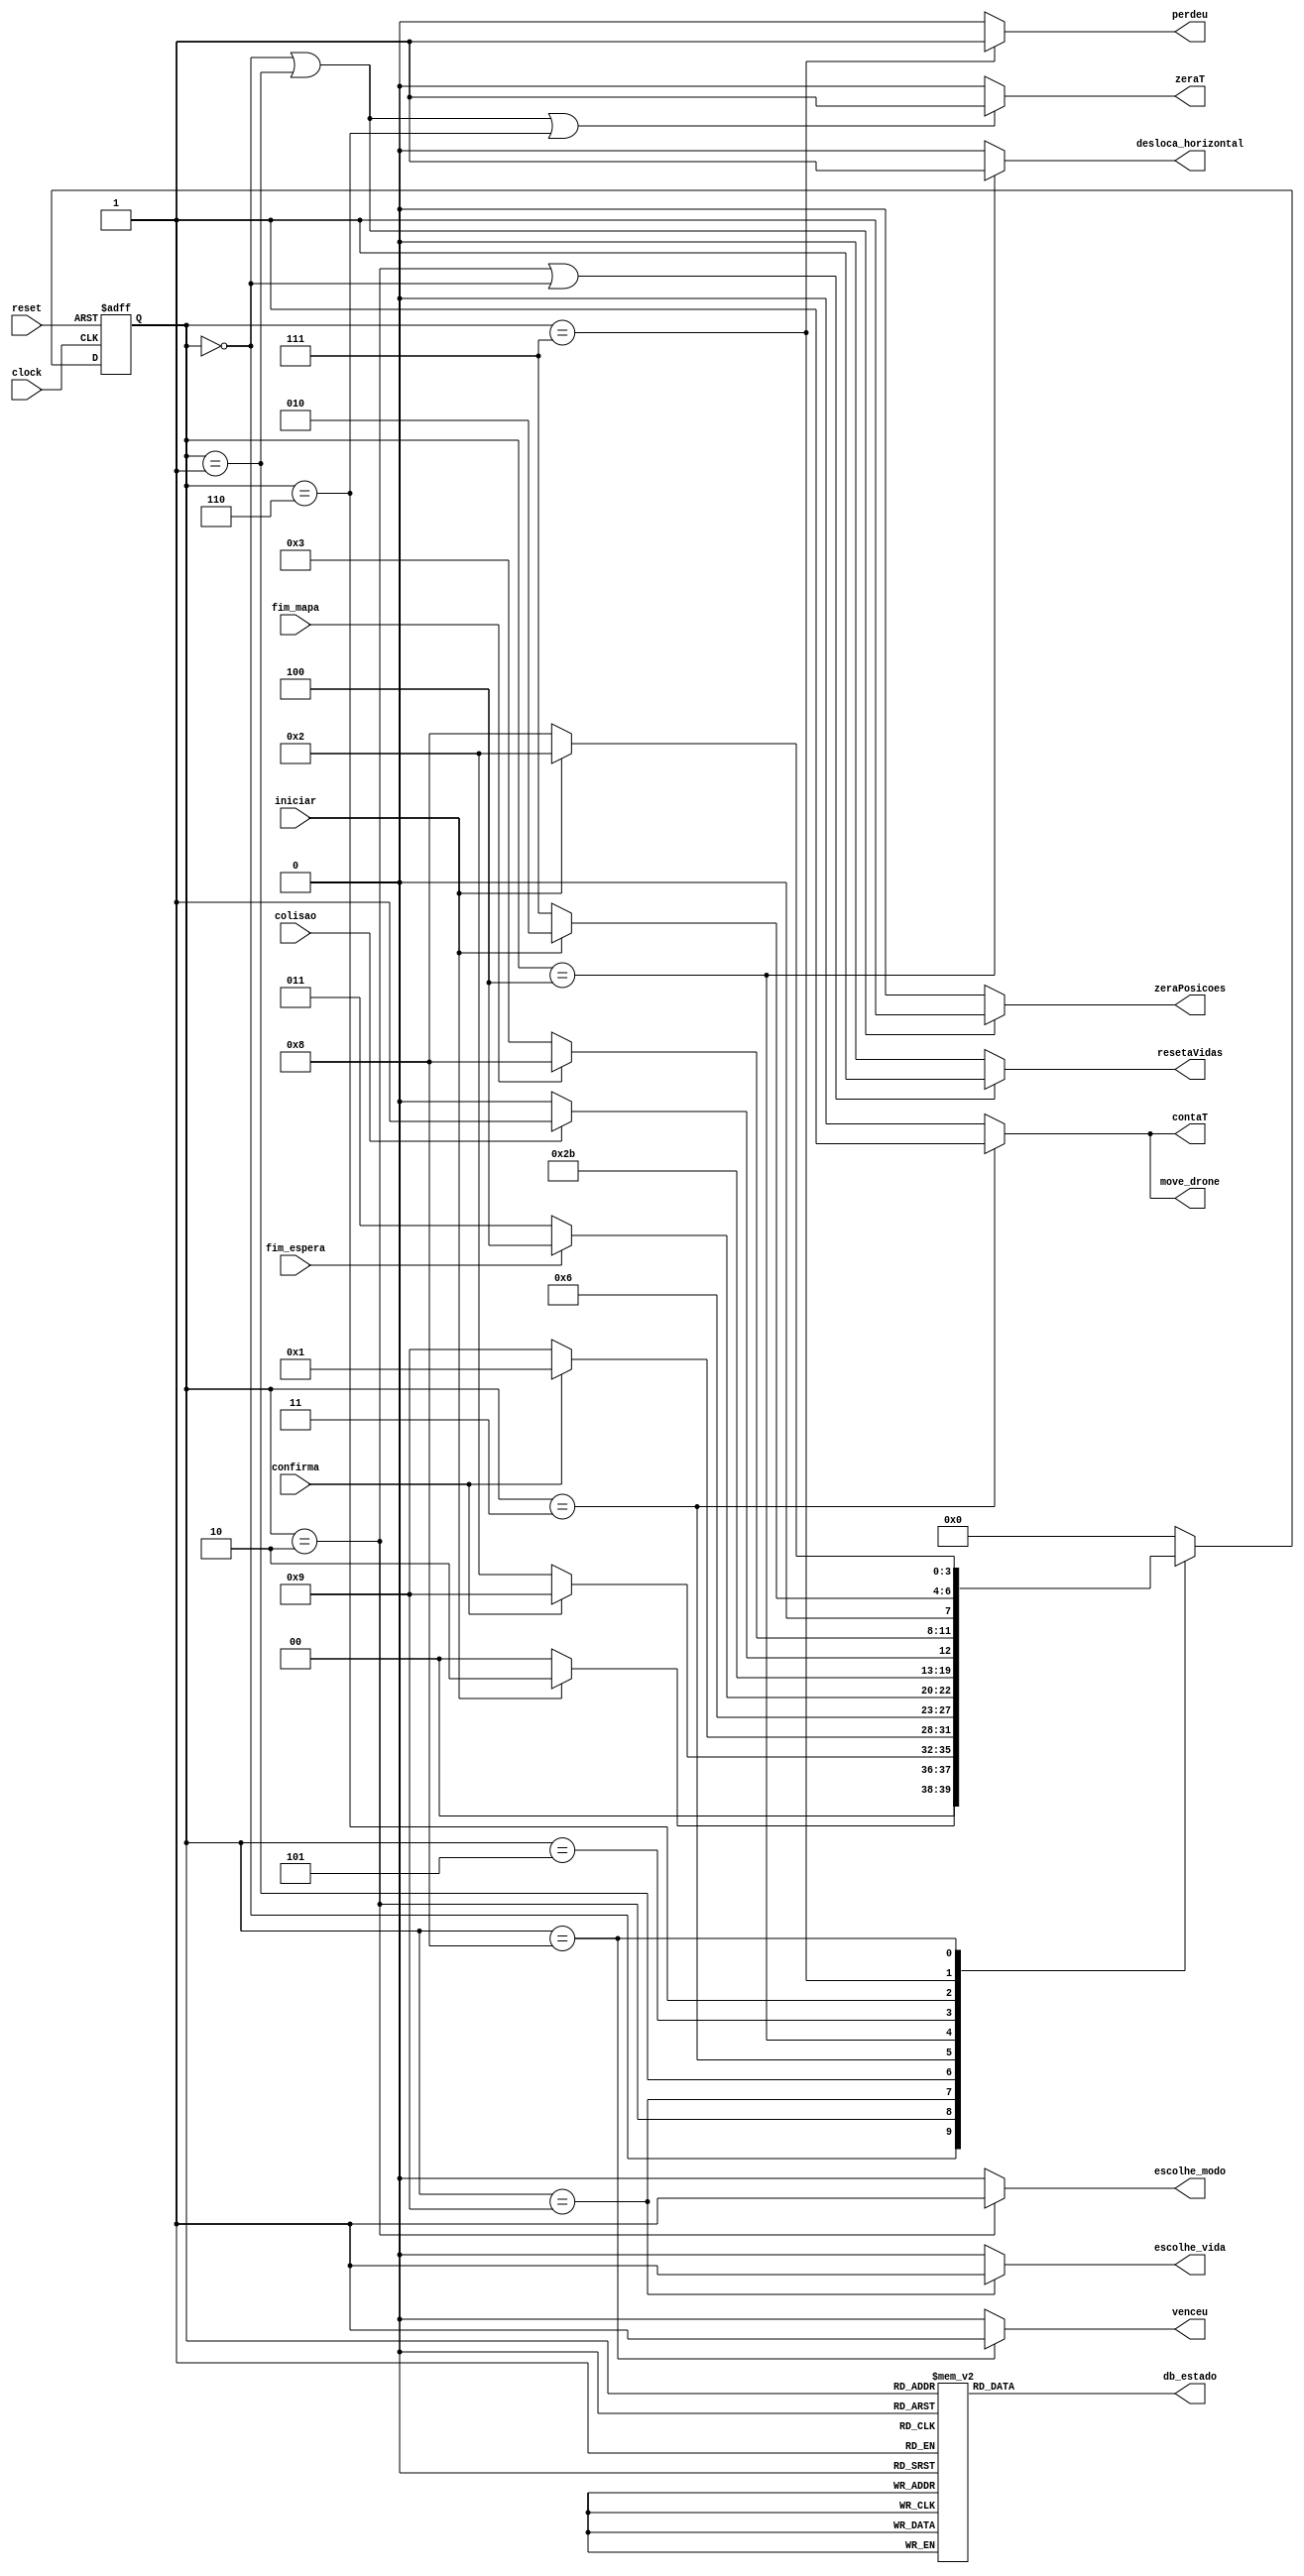
//------------------------------------------------------------------
// Arquivo   : exp4_unidade_controle.v
// Projeto   : Experiencia 4 - Projeto de uma Unidade de Controle
//------------------------------------------------------------------
// Descricao : Unidade de controle
//
// usar este codigo como template (modelo) para codificar 
// mquinas de estado de unidades de controle            
//------------------------------------------------------------------
// Revisoes  :
//     Data        Versao  Autor             Descricao
//     14/01/2024  1.0     Edson Midorikawa  versao inicial
//------------------------------------------------------------------
//
module unidade_controle (
    input      clock,
    input      reset,
    input      iniciar,
    input      confirma,
    input      fim_espera,
    input      fim_mapa,
    input      colisao,
    output reg zeraPosicoes,
    output reg contaT,
    output reg zeraT,
    output reg escolhe_modo,
    output reg escolhe_vida,
    output reg move_drone,
    output reg desloca_horizontal,
    output reg resetaVidas,
    output reg venceu,
    output reg perdeu,
    output reg [3:0] db_estado
);

    // Define estados
    parameter inicial    = 4'b0000;  // 0
    parameter modo       = 4'b0010;  // 2
    parameter vidas      = 4'b1001;  // 9
    parameter preparacao = 4'b0001;  // 1
    parameter espera     = 4'b0011; // 3
    parameter deslocamento     = 4'b0100; // 4
    parameter checa_colisao     = 4'b0101; // 5
    parameter proximo     = 4'b0110; // 6
    parameter derrota     = 4'b0111; // 7
    parameter vitoria     = 4'b1000; // 8
    
    // Variaveis de estado
    reg [3:0] Eatual, Eprox;

    // Memoria de estado
    always @(posedge clock or posedge reset) begin
        if (reset)
            Eatual <= inicial;
        else
            Eatual <= Eprox;
    end

    // Logica de proximo estado
    always @* begin
        case (Eatual)
            inicial:    Eprox = iniciar ? modo : inicial;
            modo:       Eprox = confirma ? vidas : modo;
            vidas:      Eprox = confirma ? preparacao : vidas;
            preparacao: Eprox = espera;
            espera:     Eprox = fim_espera ? deslocamento : espera;
            deslocamento: Eprox = checa_colisao;
            checa_colisao: Eprox = colisao ? derrota : proximo;
            proximo:    Eprox = fim_mapa ? vitoria : espera; 
            derrota:   Eprox = iniciar ? modo : derrota;
            vitoria:   Eprox = iniciar ? modo : vitoria;
            default:     Eprox = inicial;
        endcase
    end

    // Logica de saida (maquina Moore)
    always @* begin
        zeraPosicoes = (Eatual == inicial || Eatual == preparacao) ? 1 : 0;
        resetaVidas = (Eatual == modo || Eatual == inicial) ? 1 : 0;
        contaT = (Eatual == espera) ? 1 : 0;
        zeraT = (Eatual == inicial || Eatual == preparacao || Eatual == proximo) ? 1 : 0; 
        move_drone = (Eatual == espera) ? 1 : 0;
        desloca_horizontal = (Eatual == deslocamento) ? 1 : 0;
        venceu = (Eatual == vitoria) ? 1 : 0;
        perdeu = (Eatual == derrota) ? 1 : 0;
        escolhe_modo = (Eatual == modo) ? 1 : 0;
        escolhe_vida = (Eatual == vidas) ? 1 : 0;
        
        // Saida de depuracao (estado) 
        case (Eatual)
            inicial:    db_estado = 4'b0000;  // 0
            modo:       db_estado = 4'b0010;  // 2
            vidas:      db_estado = 4'b1001;  // 9
            preparacao: db_estado = 4'b0001;  // 1
            espera:     db_estado = 4'b0011;  // 3
            deslocamento: db_estado = 4'b0100;  // 4
            checa_colisao: db_estado = 4'b0101;  // 5
            proximo:    db_estado = 4'b0110;  // 6
            derrota:   db_estado = 4'b0111;  // 7
            vitoria:   db_estado = 4'b1000;  // 8

            default:     db_estado = 4'b1111;  // F
        endcase
    end

endmodule